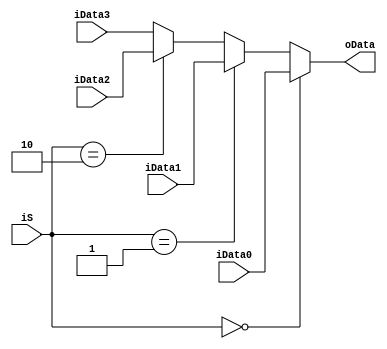
`timescale 1ns / 1ps
//////////////////////////////////////////////////////////////////////////////////
// Company: 
// Engineer: 
// 
// Design Name: 
// Module Name: MUX4_1
// Project Name: 
// Target Devices: 
// Tool Versions: 
// Description: 
// 
// Dependencies: 
// 
// Revision:
// Revision 0.01 - File Created
// Additional Comments:
// 
//////////////////////////////////////////////////////////////////////////////////


module MUX4_1(
   input [31:0]iData0,
   input [31:0]iData1,
   input [31:0]iData2,
   input [31:0]iData3,
   input [1:0]iS,
   output reg [31:0]oData
    );
    always @(*)
    begin
    if(iS==2'b00)
      oData=iData0;
    else if(iS==2'b01)
      oData=iData1;
    else if(iS==2'b10)
      oData=iData2;
    else
      oData=iData3;
    end
endmodule